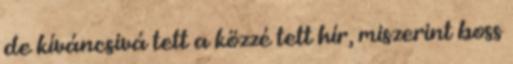
de kíváncsivá tett a közzé tett hír, miszerint boss